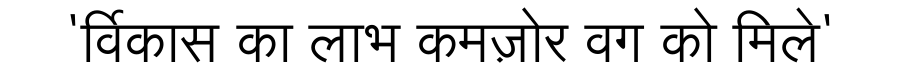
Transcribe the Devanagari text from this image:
'विकास का लाभ कमज़ोर वर्ग को मिले'